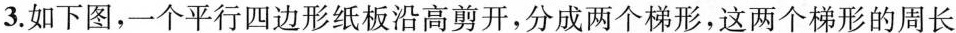
3.如下图，一个平行四边形纸板沿高剪开，分成两个梯形，这两个梯形的周长